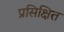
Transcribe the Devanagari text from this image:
प्रसिक्षित